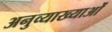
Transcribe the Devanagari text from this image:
अनुव्याख्याओं